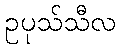
ဥပုသ်သီလ